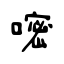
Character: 嘧